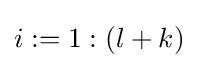
i:=1:(l+k)